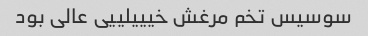
سوسیس تخم مرغش خیییلییی عالی بود